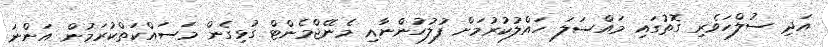
އަދި ސުލްހަވެރި ގޮތުގައި މައްސަލަ ހައްލުކުރުމަށް ފުލުހުންނާއި މެނޭޖްމެންޓް ގުޅިގެން މަސައްކަތްކުރަމުން އަންނަ